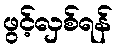
ဖွင့်လှစ်ရန်